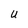
Character: U